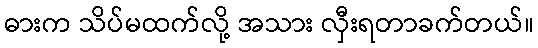
ဓားက သိပ်မထက်လို့ အသား လှီးရတာခက်တယ်။